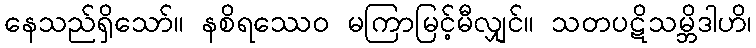
နေသည်ရှိသော်။ နစိရဿေဝ မကြာမြင့်မီလျှင်။ သတပဋိသမ္ဘိဒါဟိ၊